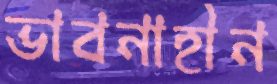
ভাবনাহীন